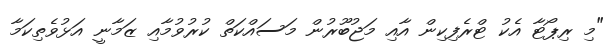
"މި ރިޕޯޓާ އެކު ޓްރެފިކިން އާއި މަޖުބޫރުން މަސައްކަތް ކުރުވުމާއި ޒަމާނީ އަޅުވެތިކަމާ